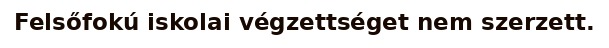
Felsőfokú iskolai végzettséget nem szerzett.